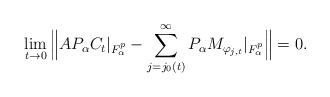
LaTeX: \begin{align*}\lim_{t \to 0} \Big \| AP_\alpha C_t|_{F_\alpha^p} - \sum_{j = j_0(t)}^\infty P_\alpha M_{\varphi_{j,t}}|_{F_\alpha^p} \Big \| = 0.\end{align*}